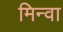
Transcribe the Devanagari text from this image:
मिन्वा